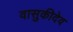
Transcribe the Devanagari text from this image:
वासुकीदेव